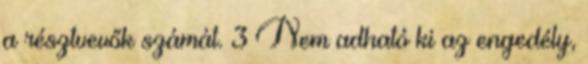
a résztvevők számát. 3 Nem adható ki az engedély,